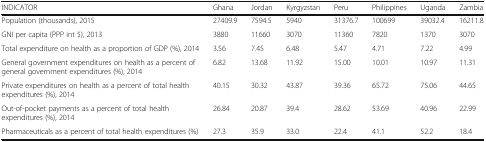
<table><thead><tr><td><b>INDICATOR</b></td><td><b>Ghana</b></td><td><b>Jordan</b></td><td><b>Kyrgyzstan</b></td><td><b>Peru</b></td><td><b>Philippines</b></td><td><b>Uganda</b></td><td><b>Zambia</b></td></tr></thead><tbody><tr><td>Population (thousands), 2015</td><td>27409.9</td><td>7594.5</td><td>5940</td><td>31376.7</td><td>100699</td><td>39032.4</td><td>16211.8</td></tr><tr><td>GNI per capita (PPP int $), 2013</td><td>3880</td><td>11660</td><td>3070</td><td>11360</td><td>7820</td><td>1370</td><td>3070</td></tr><tr><td>Total expenditure on health as a proportion of GDP (%), 2014</td><td>3.56</td><td>7.45</td><td>6.48</td><td>5.47</td><td>4.71</td><td>7.22</td><td>4.99</td></tr><tr><td>General government expenditures on health as a percent of general government expenditures (%), 2014</td><td>6.82</td><td>13.68</td><td>11.92</td><td>15.00</td><td>10.01</td><td>10.97</td><td>11.31</td></tr><tr><td>Private expenditures on health as a percent of total health expenditures (%), 2014</td><td>40.15</td><td>30.32</td><td>43.87</td><td>39.36</td><td>65.72</td><td>75.06</td><td>44.65</td></tr><tr><td>Out-of-pocket payments as a percent of total health expenditures (%), 2014</td><td>26.84</td><td>20.87</td><td>39.4</td><td>28.62</td><td>53.69</td><td>40.96</td><td>22.99</td></tr><tr><td>Pharmaceuticals as a percent of total health expenditures (%)</td><td>27.3</td><td>35.9</td><td>33.0</td><td>22.4</td><td>41.1</td><td>52.2</td><td>18.4</td></tr></tbody></table>